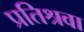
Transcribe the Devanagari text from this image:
प्रतिश्रवा